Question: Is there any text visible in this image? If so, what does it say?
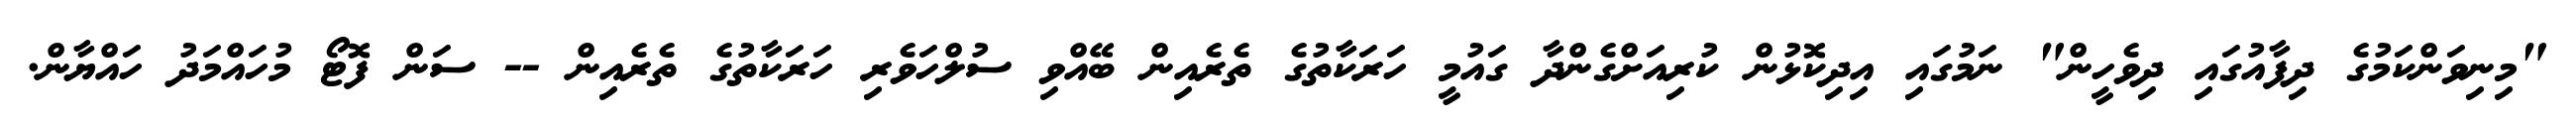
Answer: "މިނިވަންކަމުގެ ދިފާއުގައި ދިވެހީން" ނަމުގައި އިދިކޮޅުން ކުރިއަށްގެންދާ ގައުމީ ހަރަކާތުގެ ތެރެއިން ބޭއްވި ސުލްހަވެރި ހަރަކާތުގެ ތެރެއިން -- ސަން ފޮޓޯ މުހައްމަދު ހައްޔާން.